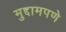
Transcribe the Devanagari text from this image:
मुद्दामपणे